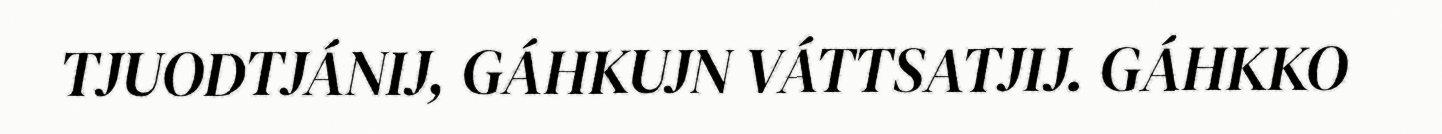
TJUODTJÁNIJ, GÁHKUJN VÁTTSATJIJ. GÁHKKO